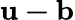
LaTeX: \mathbf{u-b}